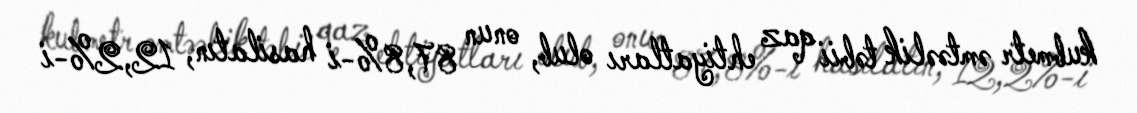
kubmetr əmtəəlik təbii qaz ehtiyatları olub, onun 87,8%-i hasilatın, 12,2%-i